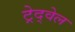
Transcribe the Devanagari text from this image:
ट्रेद्वेल